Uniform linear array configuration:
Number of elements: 4
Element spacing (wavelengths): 0.75
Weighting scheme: binomial
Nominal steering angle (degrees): -15
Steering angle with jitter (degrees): -13.464
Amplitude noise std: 0.05
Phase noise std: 0.05

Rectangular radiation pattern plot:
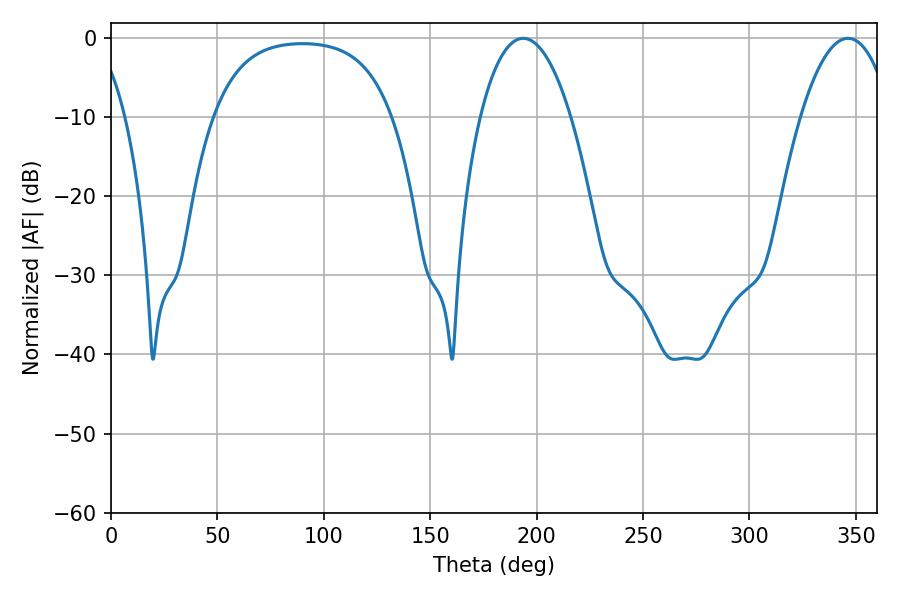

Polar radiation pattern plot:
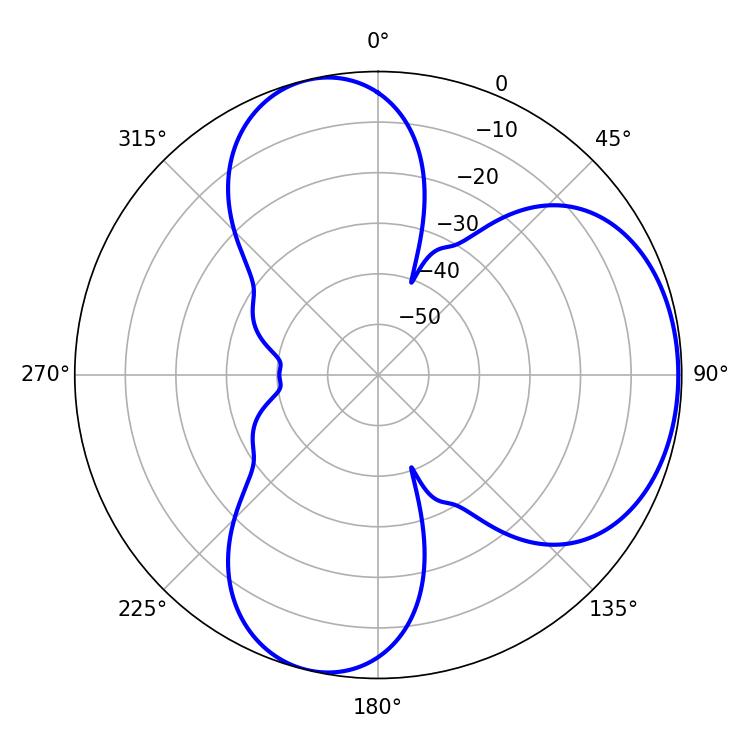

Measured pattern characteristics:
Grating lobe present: TRUE
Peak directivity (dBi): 5.304
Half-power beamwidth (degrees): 23.76
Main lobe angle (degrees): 346.32